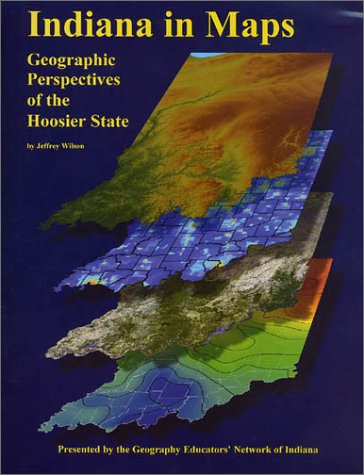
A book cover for Indiana in Maps: A Geographic Perspective of the Hoosier State; Jeffrey S. Wilson; Travel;